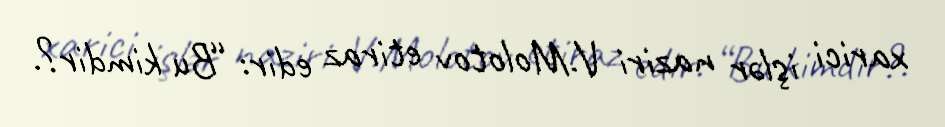
xarici işlər naziri V.Molotov etiraz edir: “Bu kimdir?.